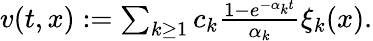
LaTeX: \begin{array}{r}{v(t,x):=\sum_{k\geq 1}c_{k}\frac{1-e^{-\alpha_{k}t}}{\alpha_{k}}\xi_{k}(x).}\end{array}